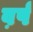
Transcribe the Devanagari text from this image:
व़र्ष